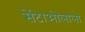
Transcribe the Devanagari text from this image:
सेंटाओलाला